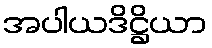
အပါယဒိဋ္ဌိယာ